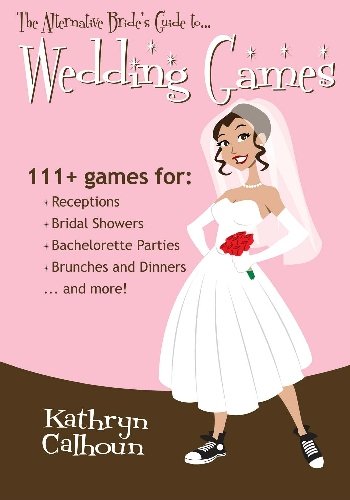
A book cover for The Alternative Bride's Guide to Wedding Games: 111+ games for your reception, bridal shower, and more!; Kathryn Calhoun; Crafts, Hobbies & Home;